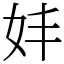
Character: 妦